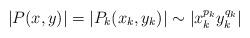
LaTeX: \begin{align*}|P(x,y)| = |P_k(x_k,y_k)|\sim |x_k^{p_k}y_k^{q_k}|\end{align*}